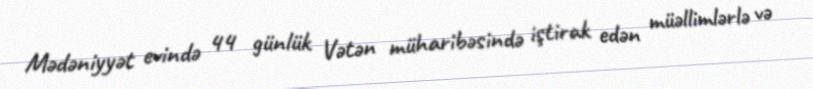
Mədəniyyət evində 44 günlük Vətən müharibəsində iştirak edən müəllimlərlə və